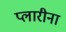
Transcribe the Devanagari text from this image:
प्लारीना